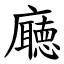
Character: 廰